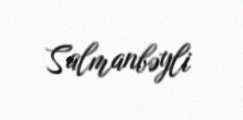
Salmanbəyli